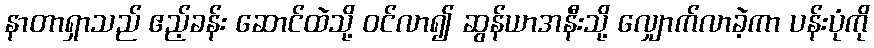
နာတာရှာသည် ဧည့်ခန်း ဆောင်ထဲသို့ ဝင်လာ၍ ဆွန်ယာအနီးသို့ လျှောက်လာခဲ့ကာ ပန်းပုံကို